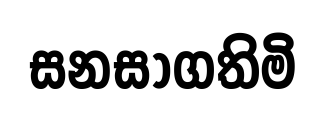
සනසාගතිමි